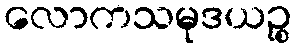
လောကသမုဒယဉ္စ